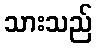
သားသည်